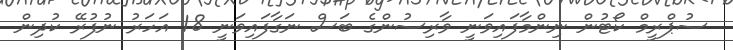
ސުޕްރީމް ކޯޓުން ނިންމާފައިވަނީ ވާރިސުންގެ ބަސް ނަގާފައިވަނީ 18 އަހަރު ނުފުރޭ ކުދިން